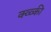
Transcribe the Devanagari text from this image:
क्व्व्की